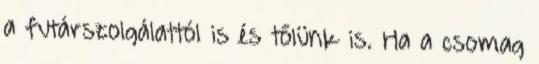
a futárszolgálattól is és tőlünk is. Ha a csomag